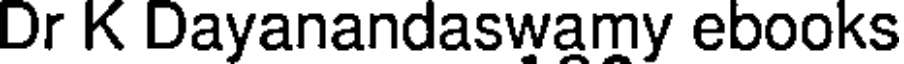
Dr K Dayanandaswamy ebooks